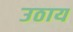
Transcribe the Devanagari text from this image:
उठाय